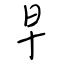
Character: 早